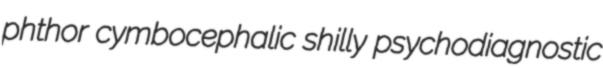
phthor cymbocephalic shilly psychodiagnostic